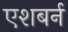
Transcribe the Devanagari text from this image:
एशबर्न